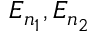
E _ { n _ { 1 } } , E _ { n _ { 2 } }